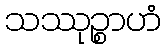
သဿုဉ္စာဟံ